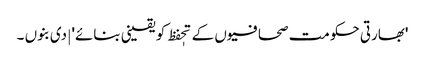
'بھارتی حکومت صحافیوں کے تحٖفظ کو یقینی بنائے' | دی بنوں ۔